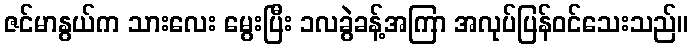
ဇင်မာနွယ်က သားလေး မွေးပြီး ၁လခွဲခန့်အကြာ အလုပ်ပြန်ဝင်သေးသည်။